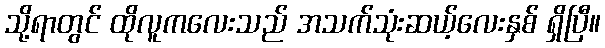
သို့ရာတွင် ထိုလူကလေးသည် အသက်သုံးဆယ့်လေးနှစ် ရှိပြီ။